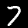
Label: 7